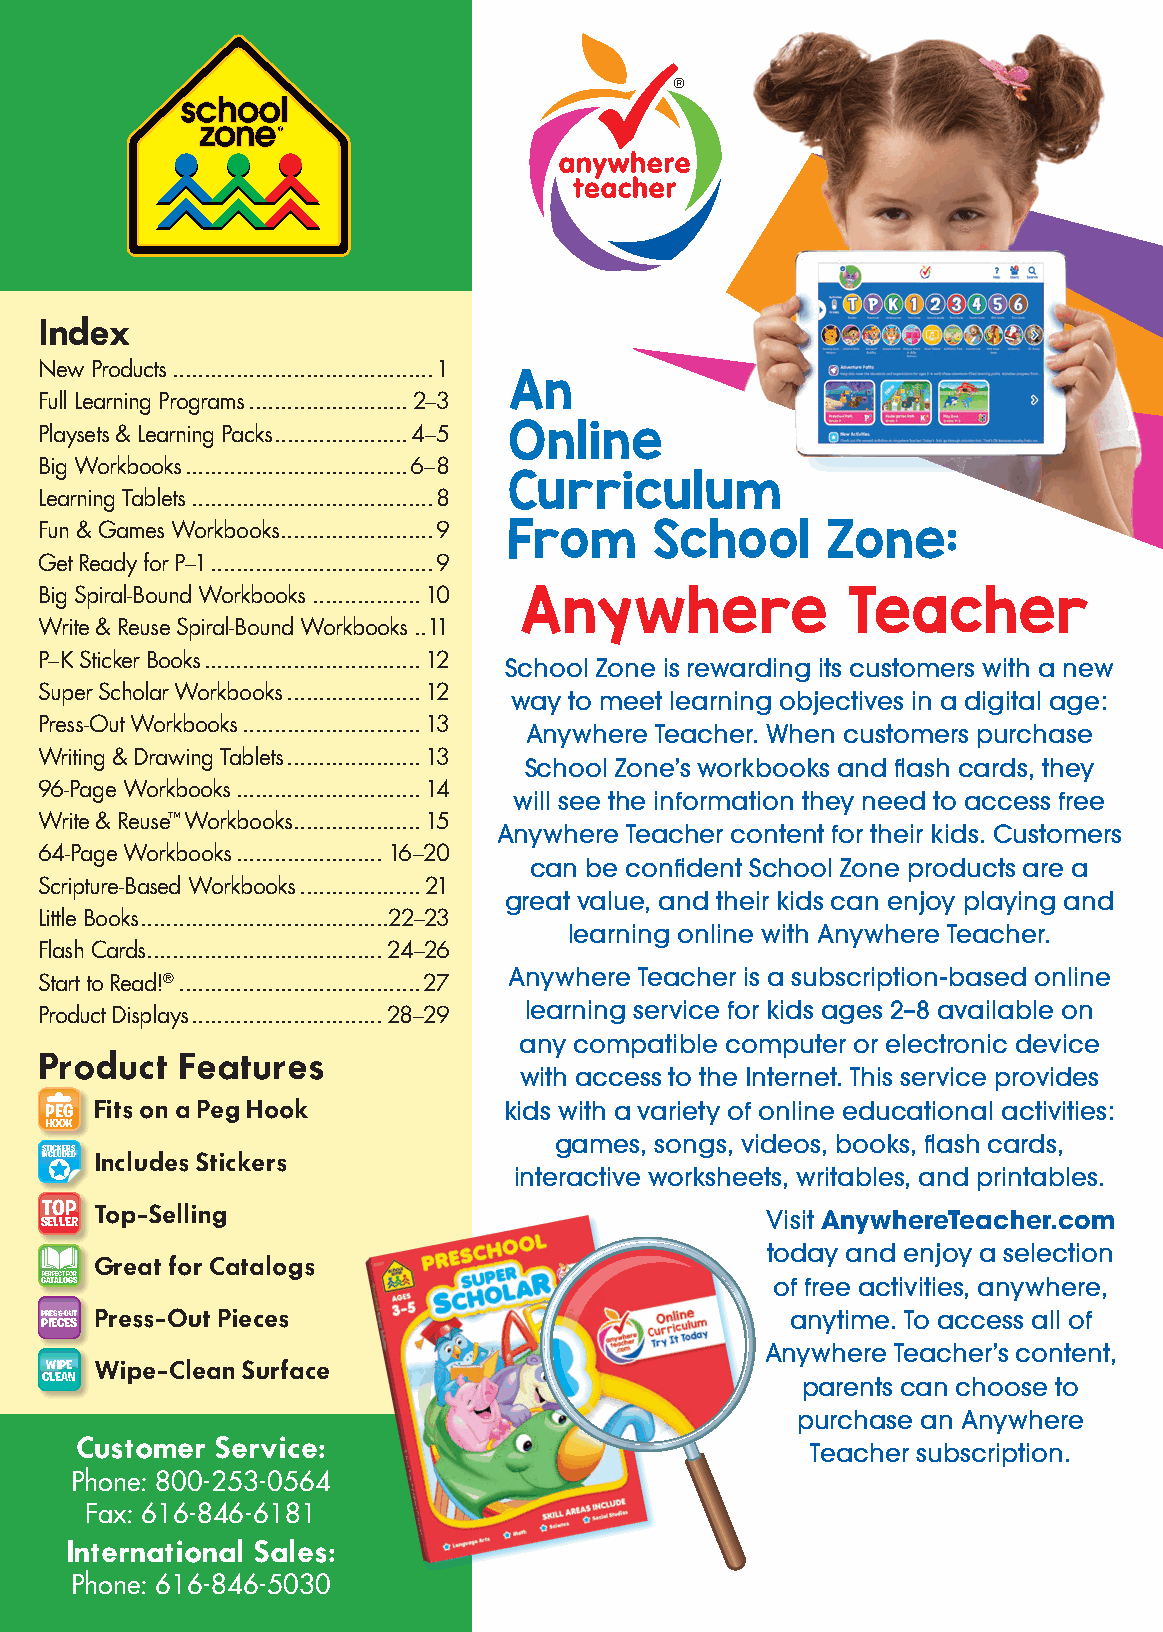
®
 Index
 New Products .........................................1
 An
 Full Learning Programs .........................2–3
 Playsets & Learning Packs .....................4–5 Online
 Big Workbooks ...................................6–8
 Curriculum
 Learning Tablets ......................................8
 Fun & Games Workbooks ........................9 From School Zone:
 Get Ready for P–1 ...................................9
 Big Spiral-Bound Workbooks .................10 Anywhere Teacher
 Write & Reuse Spiral-Bound Workbooks ..11
 P–K Sticker Books ..................................12
 School Zone is rewarding its customers with a new
 Super Scholar Workbooks .....................12
 way to meet learning objectives in a digital age:
 Press-Out Workbooks ............................13
 Anywhere Teacher. When customers purchase
 Writing & Drawing Tablets .....................13
 School Zone’s workbooks and flash cards, they
 96-Page Workbooks .............................14
 will see the information they need to access free
 Write & Reuse™ Workbooks ....................15
 Anywhere Teacher content for their kids. Customers
 64-Page Workbooks .......................16–20
 can be confident School Zone products are a
 Scripture-Based Workbooks ...................21
 great value, and their kids can enjoy playing and
 Little Books .......................................22–23
 learning online with Anywhere Teacher.
 Flash Cards .....................................24–26
 Start to Read!® ......................................27 Anywhere Teacher is a subscription-based online
 Product Displays ..............................28–29 learning service for kids ages 2–8 available on
 any compatible computer or electronic device
 Product   Features
 with access to the Internet. This service provides
 PEG Fits on a Peg Hook        kids with a variety of online educational activities:
 HOOK
 games, songs, videos, books, flash cards,
 STICKERS
 INCLUDED Includes Stickers
 interactive worksheets, writables, and printables.
 TOP
 SELLER Top-Selling                              Visit AnywhereTeacher.com
 today and enjoy a selection
 Great for Catalogs
 CPEARTFAECLTO FGOSR                             of free activities, anywhere,
 PPR IE ES CS- EOU ST Press-Out Pieces            anytime. To access all of
 Anywhere Teacher’s content,
 CW LEIP AE
 N
 Wipe-Clean Surface
 parents can choose to
 purchase an Anywhere
 Customer Service:                                Teacher subscription.
 Phone: 800-253-0564
 Fax: 616-846-6181
 International Sales:
 Phone: 616-846-5030